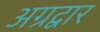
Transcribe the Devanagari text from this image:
अग्रद्वार